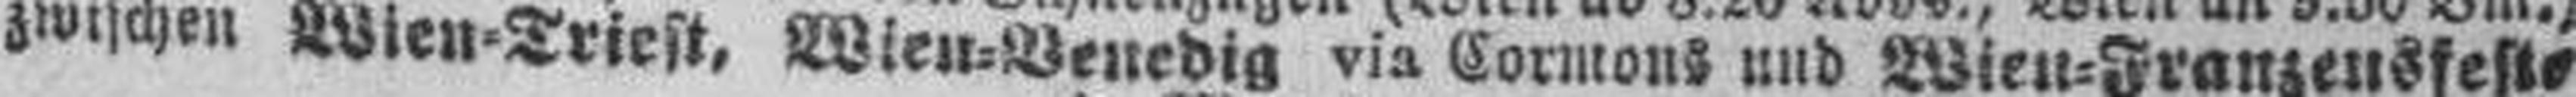
zwischen Wien=Triest, Wien=Venedig via Cormons und Wien=Franzensfeste